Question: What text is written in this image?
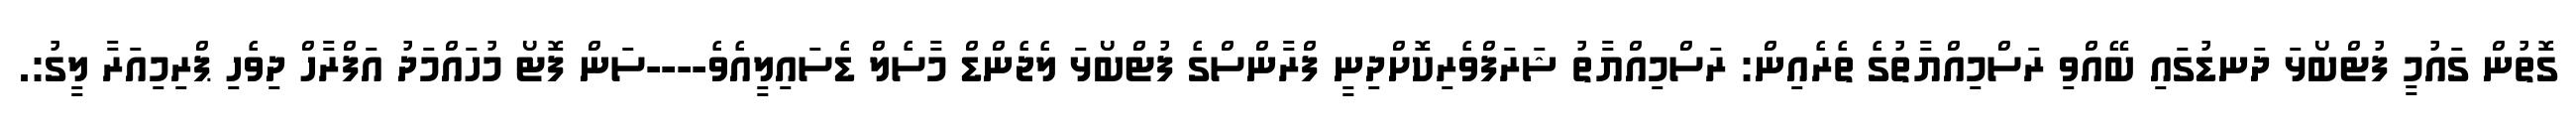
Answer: ގޮތުން ގައުމީ ފުޓްބޯޅަ ދަނޑުގައި ބޭއްވި ރަސްމިއްޔާތުގެ ތެރެއިން: ރަސްމިއްޔާތު ޝަރަފްވެރިކޮށްދިނީ ފްރާންސްގެ ފުޓްބޯޅަ ލެޖެންޑް މާސެލް ޑެސައިލީއެވެ----ސަން ފޮޓޯ މުހައްމަދު އަފްރާހް ދިވެހި ޕްރިމިއަރާ ލީގު:.